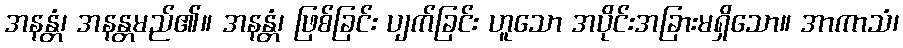
အနန္တံ၊ အနန္တမည်၏။ အနန္တံ၊ ဖြစ်ခြင်း ပျက်ခြင်း ဟူသော အပိုင်းအခြားမရှိသော။ အာကာသံ၊